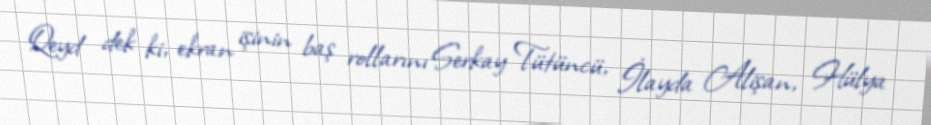
Qeyd dek ki, ekran işinin baş rollarını Serkay Tütüncü, İlayda Alişan, Hülya